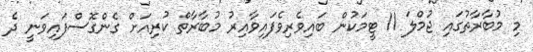
މި މުބާރާތުގައި ޖުމްލަ 11 ޓީމަކުން ބައިވެރިވެފައިވާއިރު މުބާރާތް ކުރިއަށް ގެންގޮސްފައިވަނީ ދެ